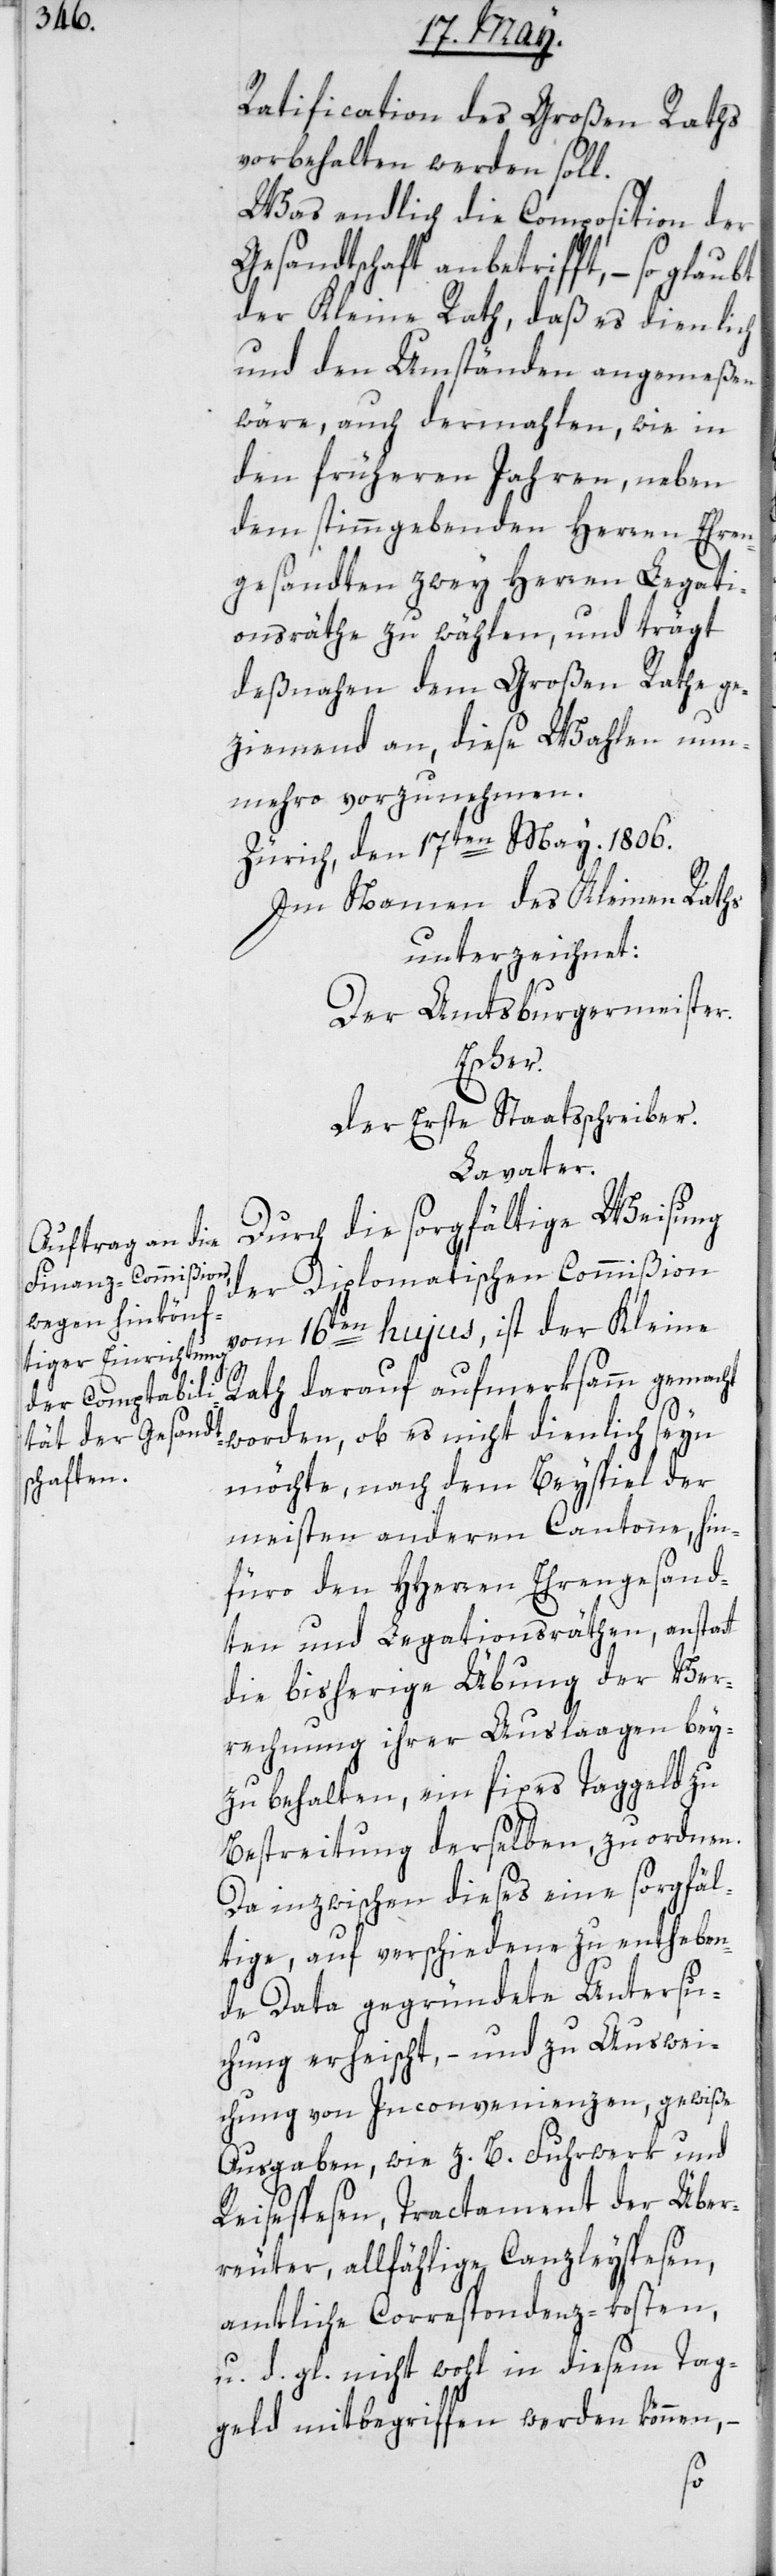
Ratification des Großen Raths
vorbehalten werden soll.
Was endlich die Composition der
Gesandtschaft anbetrifft, – so glau¬
der Kleine Rath, daß es dienlich
und den Umständen angemeßen
wäre, auch dermahlen wie in
den frühern Jahren, neben
den stimmgebenden Herren Ehren¬
gesandten zwey Herren Legati¬
onsräthe zu wählen, und trägt
deßnahen dem Großen Rathe ge¬
ziemend an, diese Wahlen nun¬
mehro vorzunehmen.
Zürich den 17ten May. 1806.
Im Namen des Kleinen Raths
unterzeichnet:
Der Amtsburgermeister.
Escher.
Der Erste Staatsschreiber.
Lavater.
Durch die sorgfältige Weisung
der Diplomatischen Commißion
vom 16ten hujus, ist der Kleine
Rath darauf aufmerksamm gemacht
worden, ob es nicht dienlich seyn
möchte, nach dem Beyspiel der
meisten anderen Cantone, hin¬
füro den HHerren Ehrengesand¬
ten und Legationsräthen, anstatt
die bisherige Übung der Ver¬
rechnung ihrer Auslaagen bey¬
zu behalten, ein fixes Taggeld zu
Bestreitung derselben zu ordnen.
Da inzwischen dieses eine sorgfäl¬
tige, auf verschiedene zu entheben¬
de Data gegründete Untersu¬
chung erheischt, – und zu Auswei¬
chung von Inconvenienzen, gewiße
Ausgaben, wie z. B. Fuhrwerk und
Reisespesen, Tractement der Über¬
reuter, allfählige Canzleyspesen,
amtliche Correspondenz-kosten
u. d. gl. nicht wohl in diesem Tag¬
geld mitbegriffen werden können, –
bt